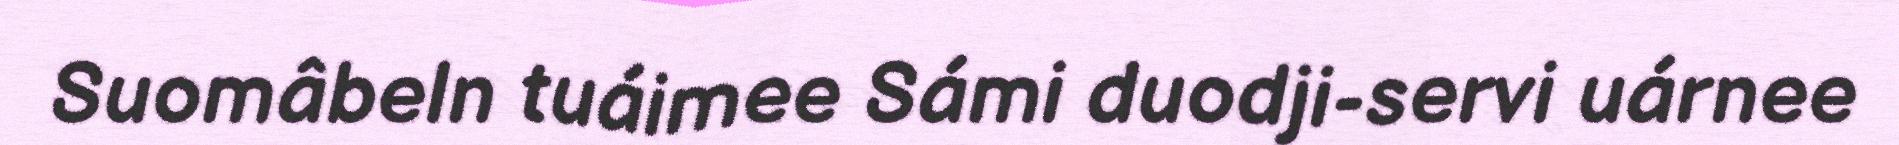
Suomâbeln tuáimee Sámi duodji-servi uárnee